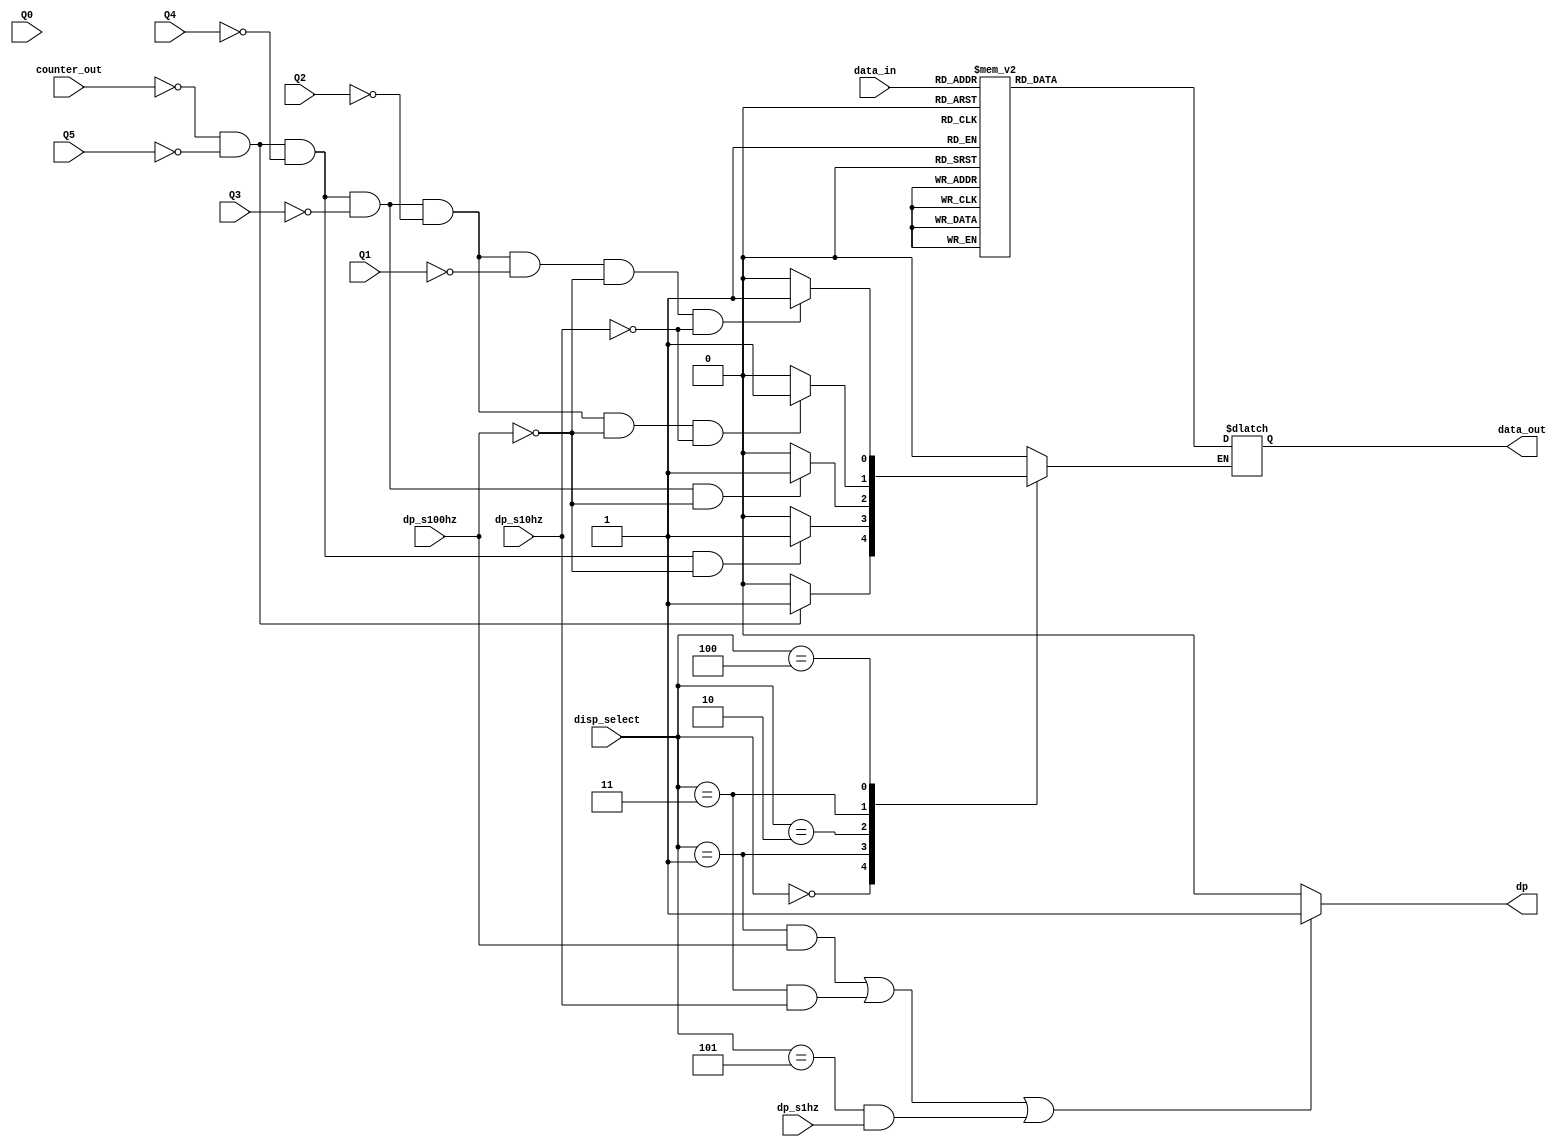
module dispdecoder(
					data_in,
					disp_select,
					dp_s1hz,dp_s10hz,dp_s100hz,
					Q5,Q4,Q3,Q2,Q1,Q0,counter_out,
					data_out,
					dp);

output [6:0] data_out;
output dp;
input  [3:0] data_in;
input  [2:0] disp_select;
input  dp_s1hz,dp_s10hz,dp_s100hz;
input  [3:0] Q5,Q4,Q3,Q2,Q1,Q0;
input  counter_out;

reg dp;
reg [6:0] data_out;

reg hide;

initial 
begin
  dp <= 1'b0;
  hide <= 1'b0;
end
//
always @(data_in,hide,data_out)
begin
  if(hide == 1'b0)
  begin
	case(data_in)
    	4'b0000 : data_out <= 7'b1111110;  //0
		4'b0001 : data_out <= 7'b0110000;  //1
		4'b0010 : data_out <= 7'b1101101;  //2
		4'b0011 : data_out <= 7'b1111001;  //3
		4'b0100 : data_out <= 7'b0110011;  //4
		4'b0101 : data_out <= 7'b1011011;  //5
		4'b0110 : data_out <= 7'b1011111;  //6
		4'b0111 : data_out <= 7'b1110000;  //7
		4'b1000 : data_out <= 7'b1111111;  //8
		4'b1001 : data_out <= 7'b1110011;  //9
		default : data_out <= 7'b0000000;
	endcase
  end
end

//
always @(disp_select,dp_s1hz,dp_s10hz,dp_s100hz,
         Q5,Q4,Q3,Q2,Q1,counter_out,dp,hide)
begin
  if (((disp_select == 3'b001) && (dp_s100hz == 1'b1))||
	  ((disp_select == 3'b011) && (dp_s10hz == 1'b1))||
      ((disp_select == 3'b101) && (dp_s1hz == 1'b1)))
    dp <= 1'b1;
  else
    dp <= 1'b0;
  case(disp_select)
    3'b000:  begin
               if((counter_out == 1'b0) && (Q5 == 4'b0))
                 hide <= 1'b1;
               else
                 hide <= 1'b0;
             end
    3'b001:  begin
               if((counter_out == 1'b0) && (Q5 == 4'b0) &&
										   (Q4 == 4'b0) &&
										   (dp_s100hz != 1'b1))
                 hide <= 1'b1;
               else
                 hide <= 1'b0;
             end
    3'b010:  begin
               if((counter_out == 1'b0) && (Q5 == 4'b0) && 
                                           (Q4 == 4'b0) && 
                                           (Q3 == 4'b0) &&
                                           (dp_s100hz != 1'b1))
                 hide <= 1'b1;
               else
                 hide <= 1'b0;
             end
    3'b011:  begin
               if((counter_out == 1'b0) && (Q5 == 4'b0) && 
                                           (Q4 == 4'b0) && 
                                           (Q3 == 4'b0) &&
                                           (Q2 == 4'b0) &&
                                           (dp_s100hz != 1'b1)&&
                                           (dp_s10hz != 1'b1))
                 hide <= 1'b1;
               else
                 hide <= 1'b0;
             end
    3'b100:  begin
               if((counter_out == 1'b0) && (Q5 == 4'b0) && 
                                           (Q4 == 4'b0) && 
                                           (Q3 == 4'b0) &&
                                           (Q2 == 4'b0) &&
                                           (Q1 == 4'b0) &&
                                           (dp_s100hz != 1'b1)&&
                                           (dp_s10hz != 1'b1))
                 hide <= 1'b1;
               else
                 hide <= 1'b0;
             end
    default:     hide <= 1'b0;
  endcase

end

endmodule